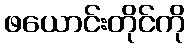
ဖယောင်းတိုင်ကို